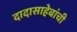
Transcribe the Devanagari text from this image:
दादासाहेबांची